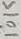
Text: 10K